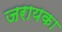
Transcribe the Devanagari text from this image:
जरायका